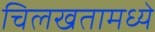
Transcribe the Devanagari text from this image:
चिलखतामध्ये